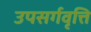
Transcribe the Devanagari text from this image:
उपसर्गवृत्ति